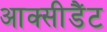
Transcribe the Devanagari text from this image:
आक्सीडैंट